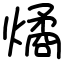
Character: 燏